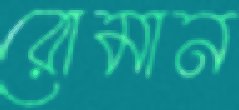
রোমান